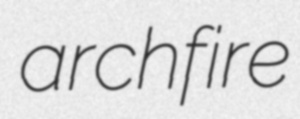
archfire